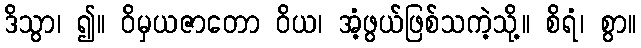
ဒိသွာ၊ ၍။ ဝိမှယဇာတော ဝိယ၊ အံ့ဖွယ်ဖြစ်သကဲ့သို့။ စိရံ၊ စွာ။